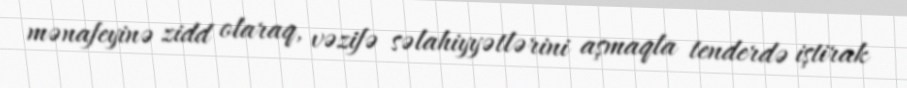
mənafeyinə zidd olaraq, vəzifə səlahiyyətlərini aşmaqla tenderdə iştirak